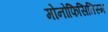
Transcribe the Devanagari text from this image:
मोनोफिसितिस्म